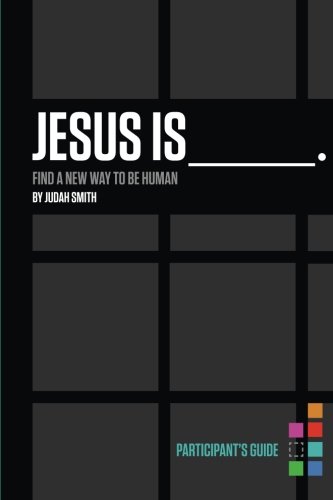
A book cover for Jesus Is Participant's Guide: Find a New Way to Be Human; Judah Smith; Christian Books & Bibles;